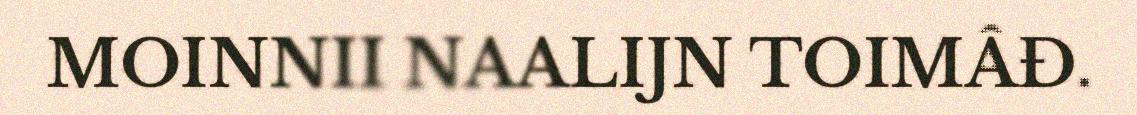
MOINNII NAALIJN TOIMÂĐ.